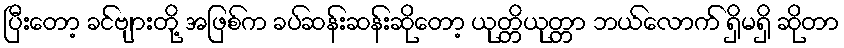
ပြီးတော့ ခင်ဗျားတို့ အဖြစ်က ခပ်ဆန်းဆန်းဆိုတော့ ယုတ္တိယုတ္တာ ဘယ်လောက် ရှိမရှိ ဆိုတာ